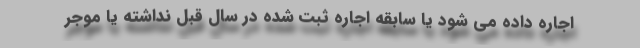
اجاره داده می شود یا سابقه اجاره ثبت شده در سال قبل نداشته یا موجر